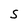
Character: S